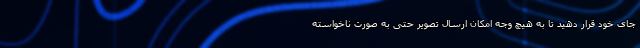
جای خود قرار دهید تا به هیچ وجه امکان ارسال تصویر حتی به صورت ناخواسته